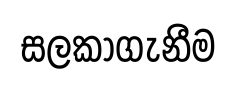
සලකාගැනීම